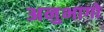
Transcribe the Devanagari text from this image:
अनुभागो